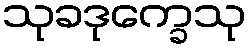
သုခဒုက္ခေသု